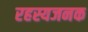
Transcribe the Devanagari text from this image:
रहस्यजनक